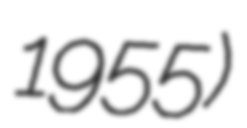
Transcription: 1955)